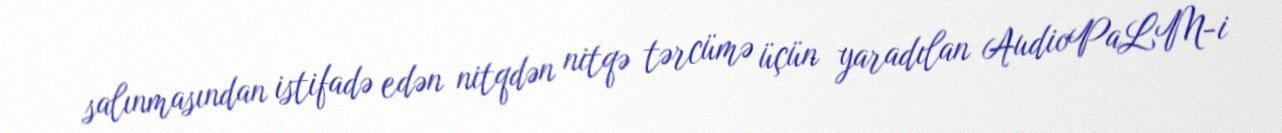
salınmasından istifadə edən nitqdən nitqə tərcümə üçün yaradılan AudioPaLM-i